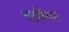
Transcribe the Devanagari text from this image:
वठविल्या